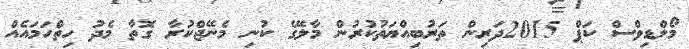
މޯލްޑިވްސް ކަޕް 2015ދަރިން ތަރުބިއްޔަތުކުރުން މާލޭގެ ކުނި މެނޭޖްކުރާ ގޮތާ މެދު ހިތްހަމައެއް